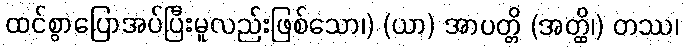
ထင်စွာပြောအပ်ပြီးမူလည်းဖြစ်သော၊) (ယာ) အာပတ္တိ (အတ္ထိ၊) တဿ၊